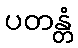
ပတန္တံ